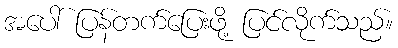
အပေါ် ပြန်တက်ပြေးဖို့ ပြင်လိုက်သည်။